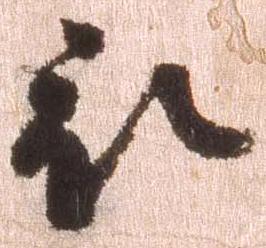
被